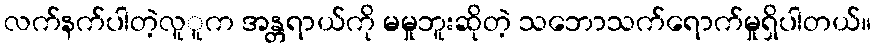
လက်နက်ပါတဲ့လူူက အန္တရာယ်ကို မမှုဘူးဆိုတဲ့ သဘောသက်ရောက်မှုရှိပါတယ်။